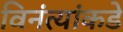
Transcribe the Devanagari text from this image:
विनंत्यांकडे